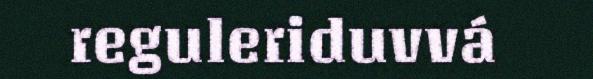
reguleriduvvá